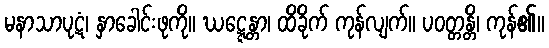
မနာသာပုဋံ၊ နှာခေါင်းဖုကို။ ဃဋ္ဋေန္တာ၊ ထိခိုက် ကုန်လျက်။ ပဝတ္တန္တိ၊ ကုန်၏။